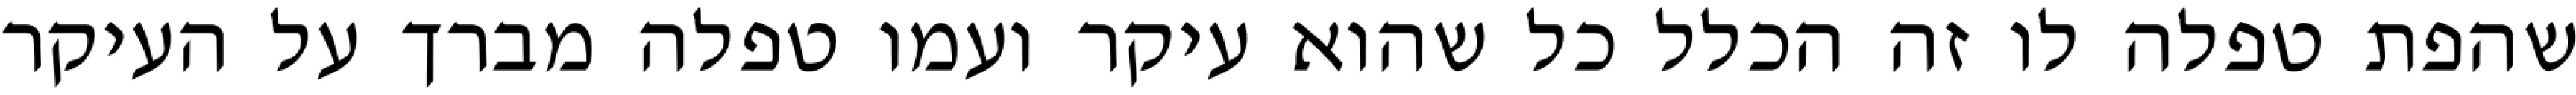
שהפת טפלה לו זה הכלל כל שהוא עיקר ועמו טפלה מברך על העיקר